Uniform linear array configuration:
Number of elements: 24
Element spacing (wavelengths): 0.75
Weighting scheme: kaiser
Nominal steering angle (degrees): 15
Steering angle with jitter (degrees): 14.118
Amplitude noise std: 0.05
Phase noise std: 0.05

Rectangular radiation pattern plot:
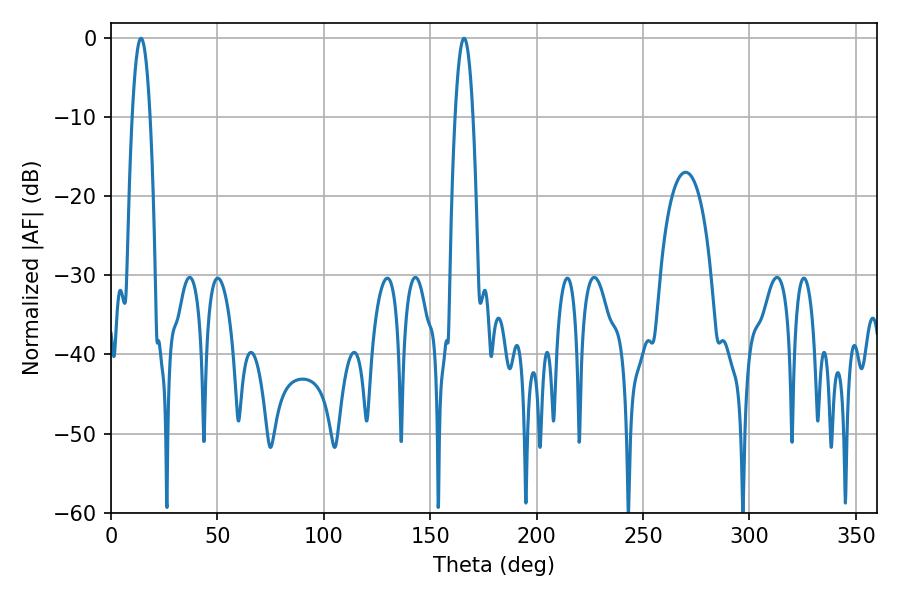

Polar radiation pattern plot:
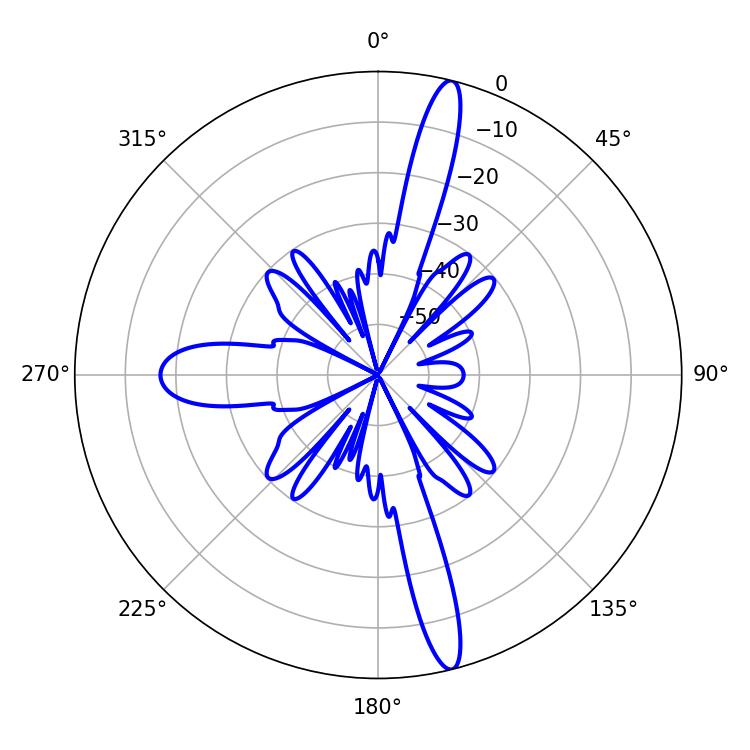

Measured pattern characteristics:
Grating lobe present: TRUE
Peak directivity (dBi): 17.198
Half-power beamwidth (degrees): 4.5
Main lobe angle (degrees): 14.04